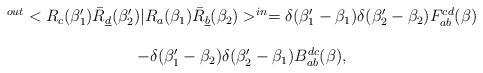
\begin{align*}\begin{array}{c}^{out} <R_c (\beta_1') \bar R_{\underline d} ( \beta_2') | R_a(\beta_1) \bar R_{\underline b} ( \beta_2) >^{in} = \delta (\beta_1' - \beta_1) \delta (\beta_2' - \beta_2) F_{ab}^{cd} (\beta) \\\\- \delta (\beta_1' - \beta_2) \delta (\beta_2' - \beta_1) B_{ab}^{dc} (\beta),\end{array}\end{align*}